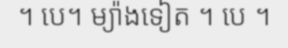
។ បេ។ ម្យ៉ាងទៀត ។ បេ ។